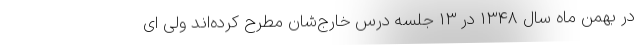
در بهمن ماه سال 1348 در 13 جلسه درس خارج‌شان مطرح کرده‌اند ولی ای